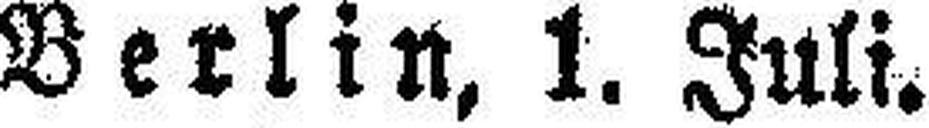
Berlin, 1. Juli.